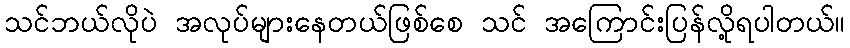
သင်ဘယ်လိုပဲ အလုပ်များနေတယ်ဖြစ်စေ သင် အကြောင်းပြန်လို့ရပါတယ်။